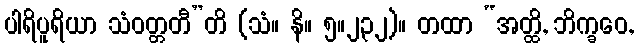
ပါရိပူရိယာ သံဝတ္တတီ”တိ (သံ။ နိ။ ၅။၂၃၂)။ တထာ “အတ္ထိ, ဘိက္ခဝေ,